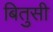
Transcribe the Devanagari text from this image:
बितुसी